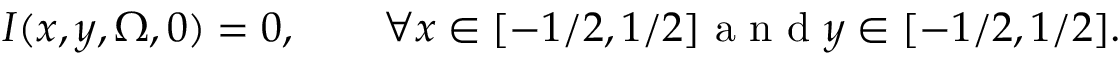
I ( x , y , \Omega , 0 ) = 0 , \qquad \forall x \in [ - 1 / 2 , 1 / 2 ] \mathrm { ~ a ~ n ~ d ~ } y \in [ - 1 / 2 , 1 / 2 ] .